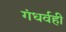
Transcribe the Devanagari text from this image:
गंधर्वही